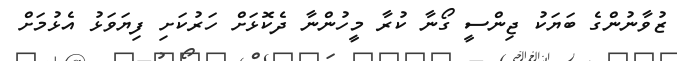
ޒުވާނުންގެ ބަޔަކު ޖިންސީ ގޯނާ ކުރާ މީހުންނާ ދެކޮޅަށް ހަރުކަށި ފިޔަވަޅު އެޅުމަށް